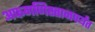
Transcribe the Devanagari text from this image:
अफगणिस्तानपर्यंत